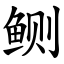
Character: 鲗